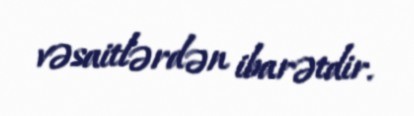
vəsaitlərdən ibarətdir.